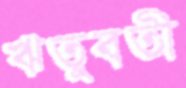
ঋতুবতী